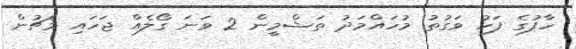
ހާފުގެ ފަހު ވަގުތު މުހައްމަދު ތަޝްމީން 2 ވަނަ ގޯލެއް ޖަހައި މެޗުން